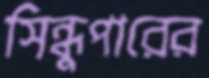
সিন্ধুপারের